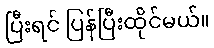
ပြီးရင် ပြန်ပြီးထိုင်မယ်။